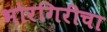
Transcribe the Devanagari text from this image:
भोरगिरीचा